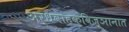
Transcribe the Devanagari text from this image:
अर्धवाहकविज्ञानात